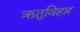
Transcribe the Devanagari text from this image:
ऋतुविहार